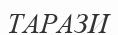
ТАРАЗИ